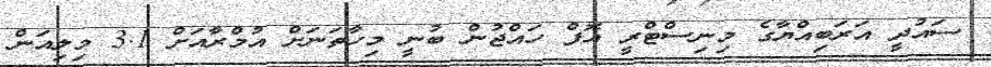
ސައުދީ އަރަބިއްޔާގެ މިނިސްޓްރީ އޮފް ހައްޖުން ބުނީ މިހާތަނަށް އުމްރާއަށް 3.1 މިލިއަން